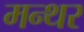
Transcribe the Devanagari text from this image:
मन्थर